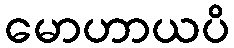
မောဟာယပိ